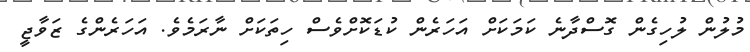
މުލުން ލުހިގެން ގޮސްދާނެ ކަމަކަށް އަހަރެން ކުޑަކޮށްވެސް ހިތަކަށް ނާރަމެވެ. އަހަރެންގެ ޒަވާޖީ